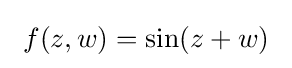
\ f(z,w)=\sin(z+w)\